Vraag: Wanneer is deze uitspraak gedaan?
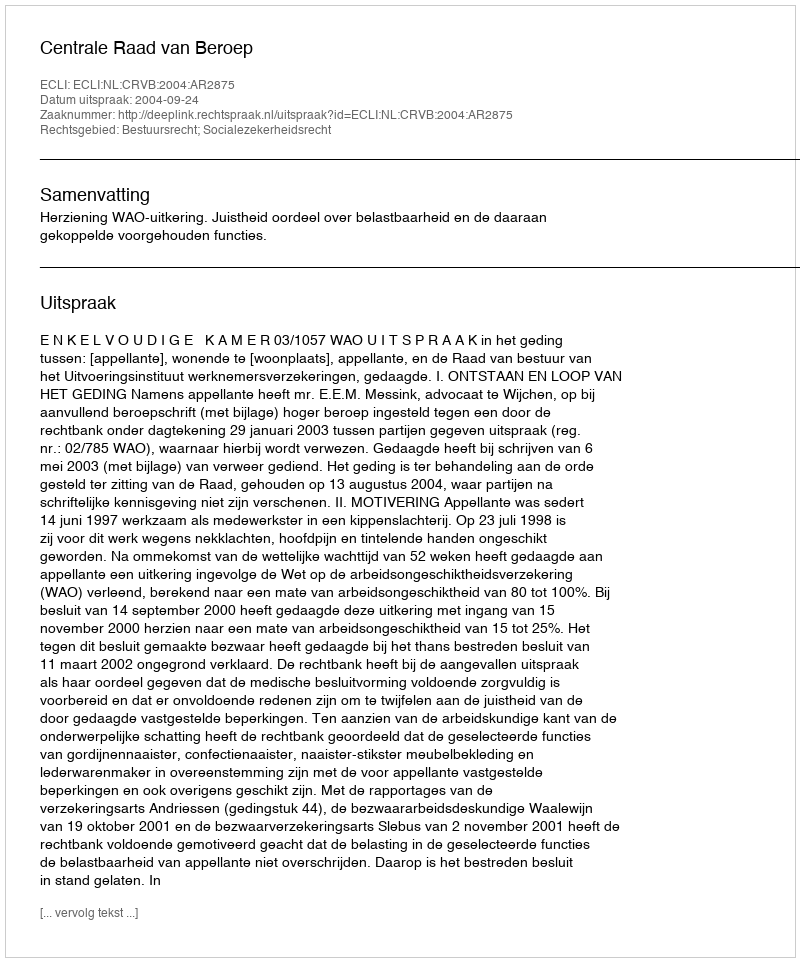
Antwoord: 2004-09-24